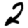
Digit: 2